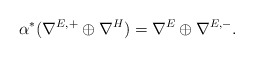
\begin{align*}\alpha^*(\nabla^{E, +}\oplus\nabla^H)=\nabla^E\oplus\nabla^{E, -}.\end{align*}